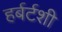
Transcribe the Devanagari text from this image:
हर्बर्टशी